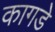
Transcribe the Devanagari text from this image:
कागडे